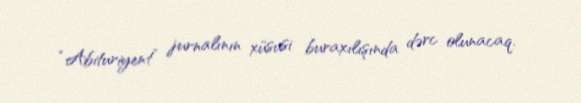
“Abituriyent” jurnalının xüsusi buraxılışında dərc olunacaq.